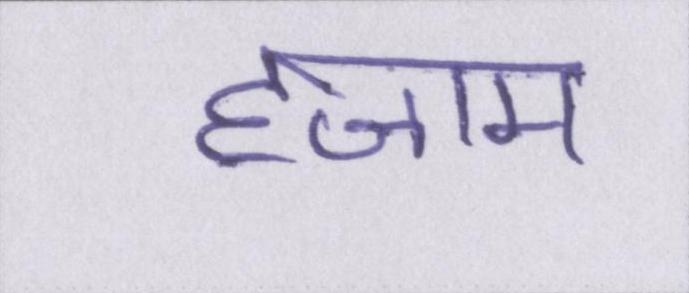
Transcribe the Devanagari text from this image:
हजाम